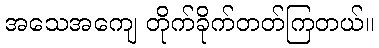
အသေအကျေ တိုက်ခိုက်တတ်ကြတယ်။